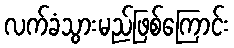
လက်ခံသွားမည်ဖြစ်ကြောင်း